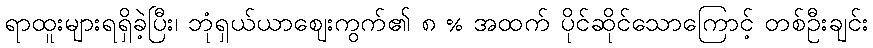
ရာထူးများရရှိခဲ့ပြီး၊ ဘုံရှယ်ယာဈေးကွက်၏ ၈ % အထက် ပိုင်ဆိုင်သောကြောင့် တစ်ဦးချင်း